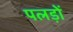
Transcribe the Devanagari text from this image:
पलड़ों